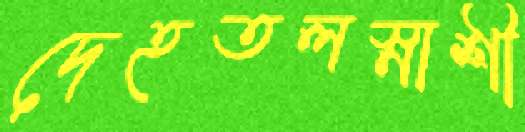
দেহতলস্নাশী